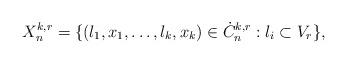
LaTeX: \begin{align*} X_n^{k,r}=\{(l_1,x_1,\dots,l_k,x_k)\in \dot{C}_n^{k,r}:l_i\subset V_r\},\end{align*}